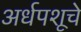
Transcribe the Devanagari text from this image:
अर्धपशूचे